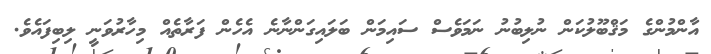
އާންމުންގެ މަޤްބޫލުކަން ނުލިބުނު ނަމަވެސް ސައިމަން ބަލައިގަންނާނެ އެހެން ފަރާތެއް މިހާރުވަނީ ލިބިފައެވެ.